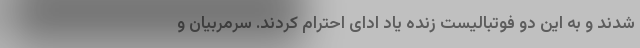
شدند و به این دو فوتبالیست زنده یاد ادای احترام کردند. سرمربیان و